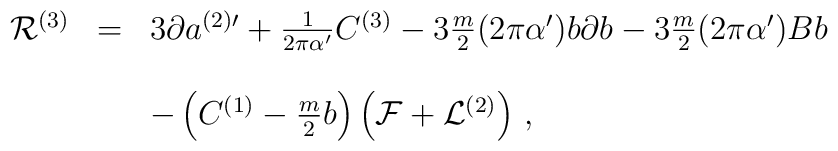
\begin{array}{rcl}{\cal R}^{(3)} & = &3\partial a^{(2)\prime} +{\textstyle\frac{1}{2\pi\alpha^{\prime}}}C^{(3)}-3{\textstyle\frac{m}{2}}(2\pi\alpha^{\prime})b\partial b-3{\textstyle\frac{m}{2}}(2\pi\alpha^{\prime})B b \\& & \\& &-\left(C^{(1)} -{\textstyle\frac{m}{2}b}\right)\left({\cal F}+{\cal L}^{(2)}\right)\, ,\\\end{array}